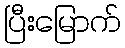
ပြီးမြောက်